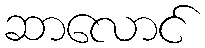
ဆာလောင်